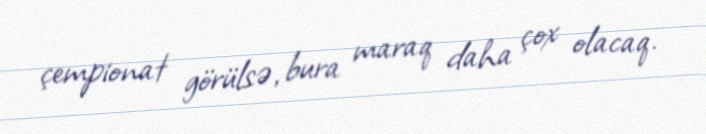
çempionat görülsə, bura maraq daha çox olacaq.